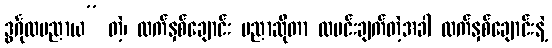
ဒွင်္ဂုလပညာယ” တဲ့၊ လက်နှစ်ချောင်း ပညာဆိုတာ ထမင်းချက်တဲ့အခါ လက်နှစ်ချောင်းနဲ့